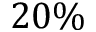
2 0 \%